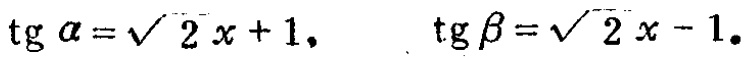
\(\operatorname{tg} \alpha=\sqrt{2} x + 1,\quad \operatorname{tg} \beta=\sqrt{2} x - 1\)